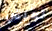
تعيش